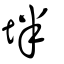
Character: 坢